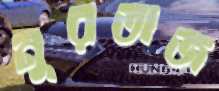
নুরতাজ